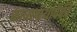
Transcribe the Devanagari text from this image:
काव्यग्रंथांपैकी